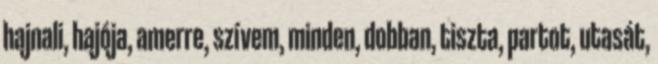
hajnali, hajója, amerre, szívem, minden, dobban, tiszta, partot, utasát,